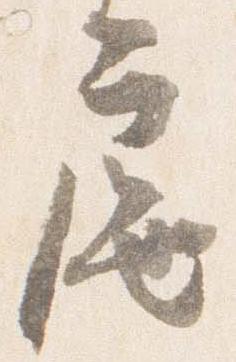
扈